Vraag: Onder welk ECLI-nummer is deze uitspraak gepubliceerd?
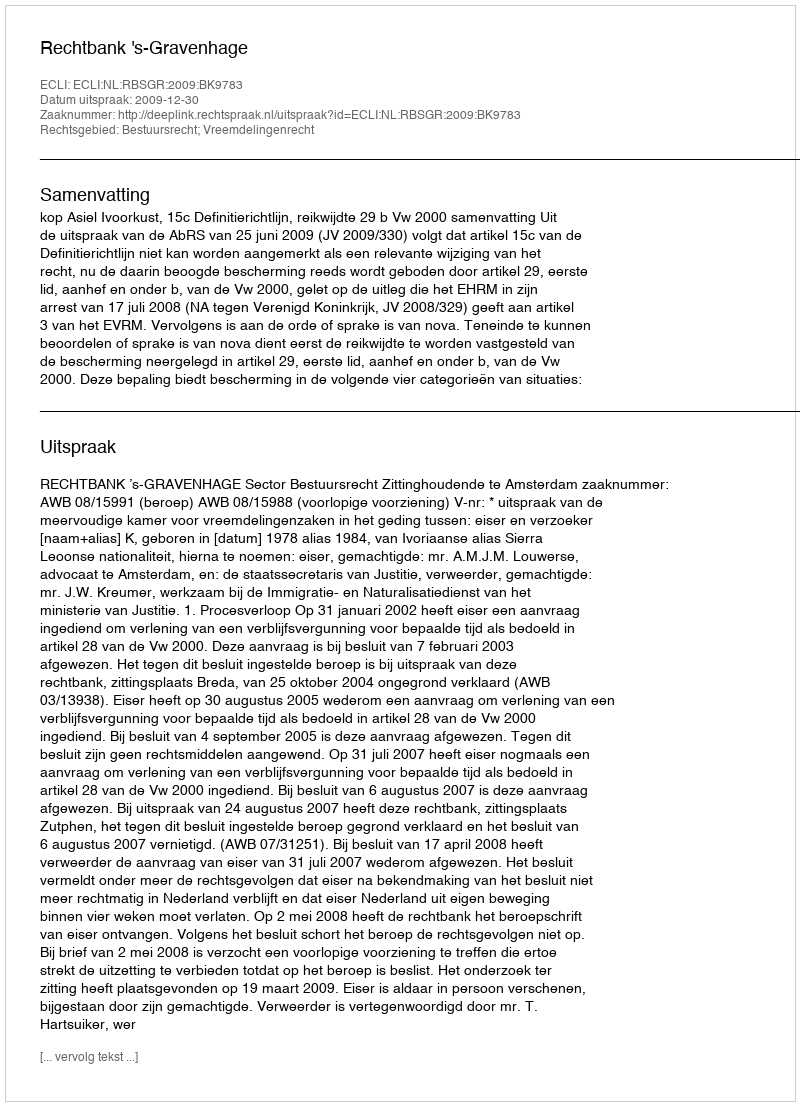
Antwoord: ECLI:NL:RBSGR:2009:BK9783